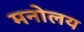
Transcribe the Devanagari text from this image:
मनोलय